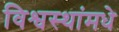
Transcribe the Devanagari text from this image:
विश्वस्थांमधे